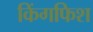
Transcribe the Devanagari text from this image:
किंगफिश